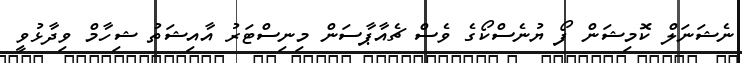
ނެޝަނަލް ކޮމިޝަން ފޯ ޔުނެސްކޯގެ ވެސް ޗެއާޕާސަން މިނިސްޓަރު އާއިޝަތު ޝިހާމް ވިދާޅުވީ